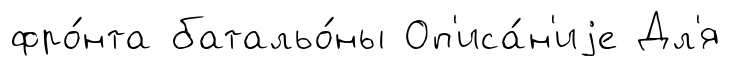
фро́нта батальо́ны Оп'иса́н'иjе Дл'я